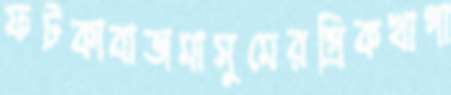
ফটকাবাজমাসুমেরগ্রিকখাগা